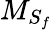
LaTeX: {M}_{{S}_{f}}